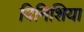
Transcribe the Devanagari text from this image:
विनिशिया